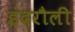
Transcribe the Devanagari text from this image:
इंदरौली